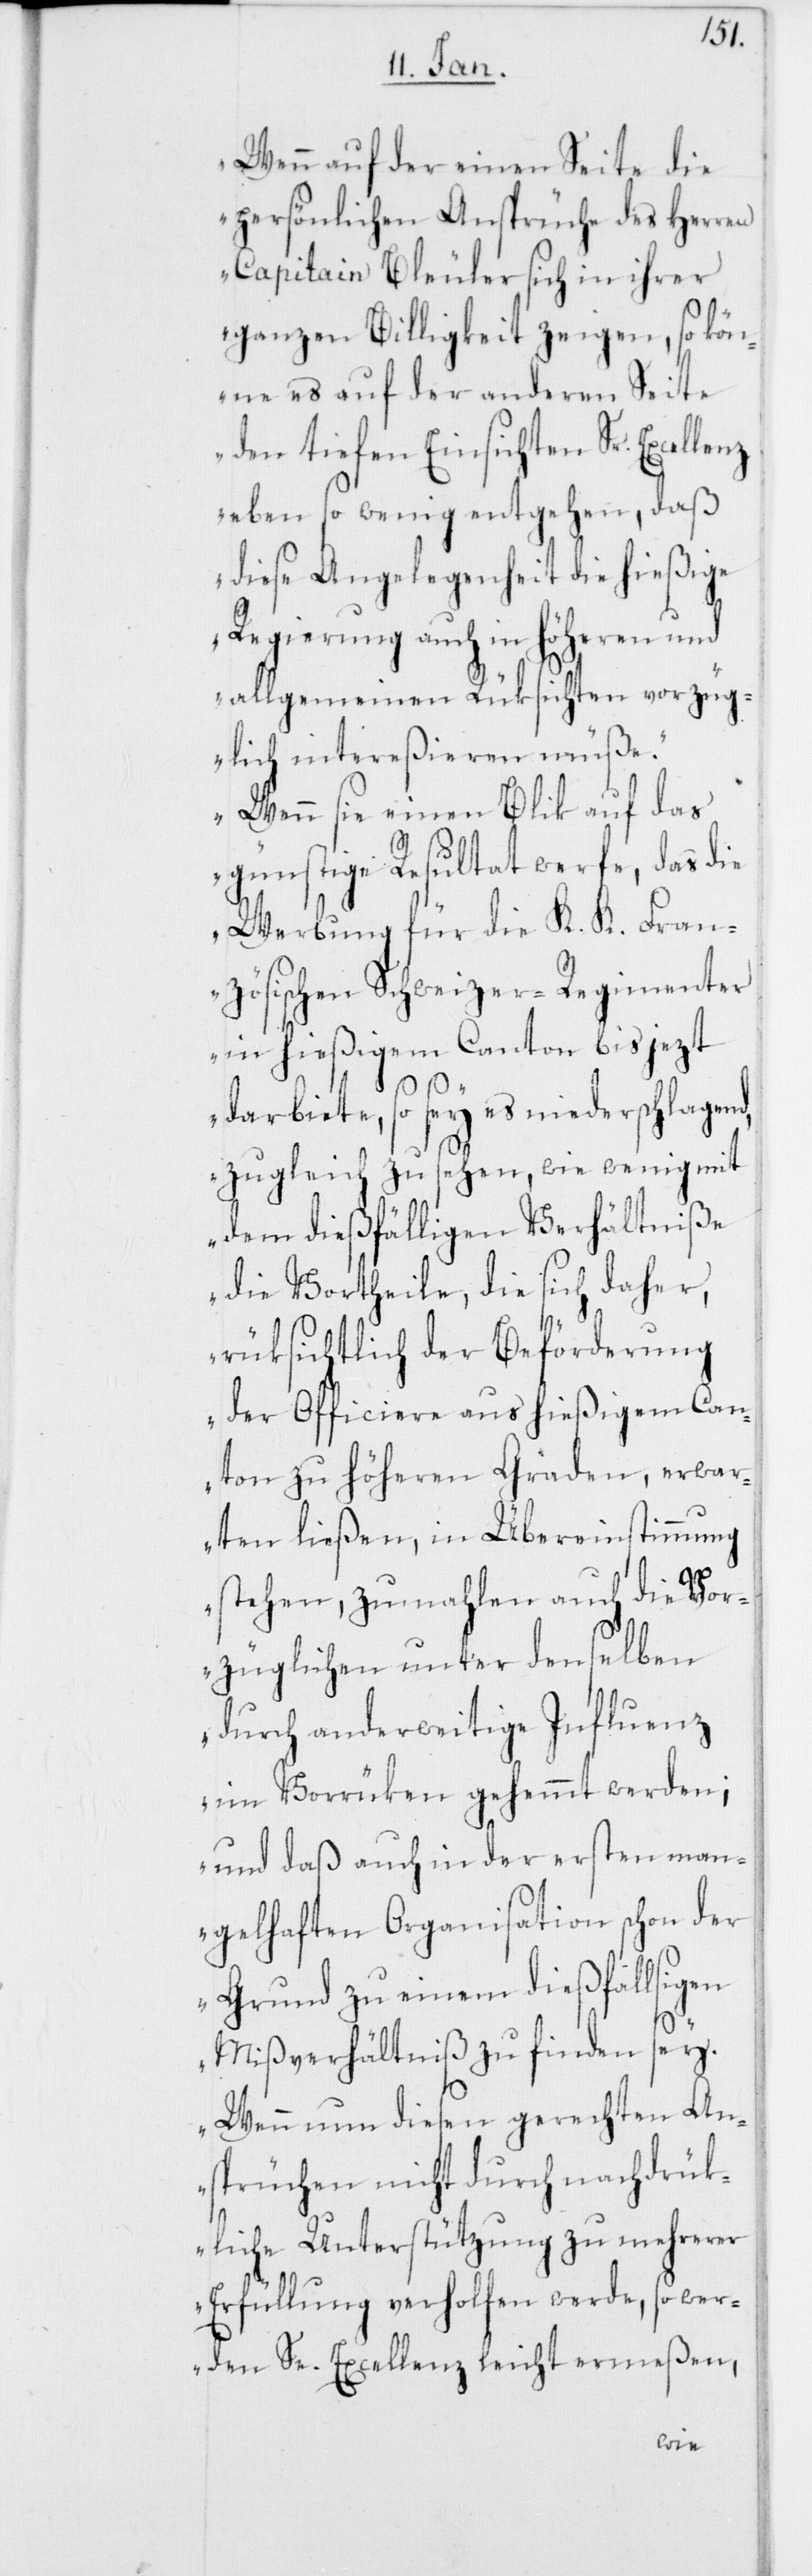
Wenn auf der einen Seite die
persönlichen Ansprüche des Herren
Capitain Bleuler sich in ihrer
ganzen Billigkeit zeigen, so kön¬
ne es auf der anderen Seite
den tiefen Einsichten Sr. Excel¬
eben so wenig entgehen, daß
diese Angelegenheit die hießige
Regierung auch in höheren und
allgemeinen Rüksichten vorzüg¬
lich intereßieren müße.
Wenn sie einen Blik auf das
günstige Resultat werfe, das die
Werbung für die K. K. Fran¬
zösischen Schweizer-Regimenter
in hießigem Canton bis jezt
darbiete, so sey es niederschlagend,
zugleich zu sehen, wie wenig mit
dem dießfälligen Verhältniße
die Vortheile, die sich daher,
rüksichtlich der Beförderung
der Officiere aus hießigem Can¬
ton zu höheren Graden, erwar¬
ten ließen, in Übereinstimmung
stehen, zumahlen auch die Vor¬
züglichen unter denselben
durch anderweitige Influenz
im Vorrüken gehemmt werden;
und daß auch in der ersten man¬
gelhaften Organisation schon der
Grund zu einem dießfallsigen
Mißverhältniß zu finden sey.
Wenn nun diesen gerechten An¬
sprüchen nicht durch nachdrük¬
liche Unterstützung zu mehrerer
Erfüllung verholfen werde, so wer¬
den Se. Excellenz leicht ermeßen,
lenz